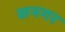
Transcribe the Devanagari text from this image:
सनगर